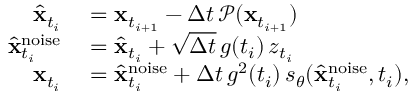
\begin{array} { r l } { \hat { \mathbf { x } } _ { t _ { i } } } & { { } = \mathbf { x } _ { t _ { i + 1 } } - \Delta t \, \mathcal { P } ( \mathbf { x } _ { t _ { i + 1 } } ) } \\ { \hat { \mathbf { x } } _ { t _ { i } } ^ { \mathrm { n o i s e } } } & { { } = \hat { \mathbf { x } } _ { t _ { i } } + \sqrt { \Delta t } \, g ( t _ { i } ) \, z _ { t _ { i } } } \\ { \mathbf { x } _ { t _ { i } } } & { { } = \hat { \mathbf { x } } _ { t _ { i } } ^ { \mathrm { n o i s e } } + \Delta t \, g ^ { 2 } ( t _ { i } ) \, s _ { \theta } ( \hat { \mathbf { x } } _ { t _ { i } } ^ { \mathrm { n o i s e } } , t _ { i } ) , } \end{array}